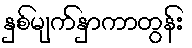
နှစ်မျက်နှာကာတွန်း